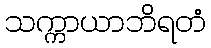
သက္ကာယာဘိရတံ